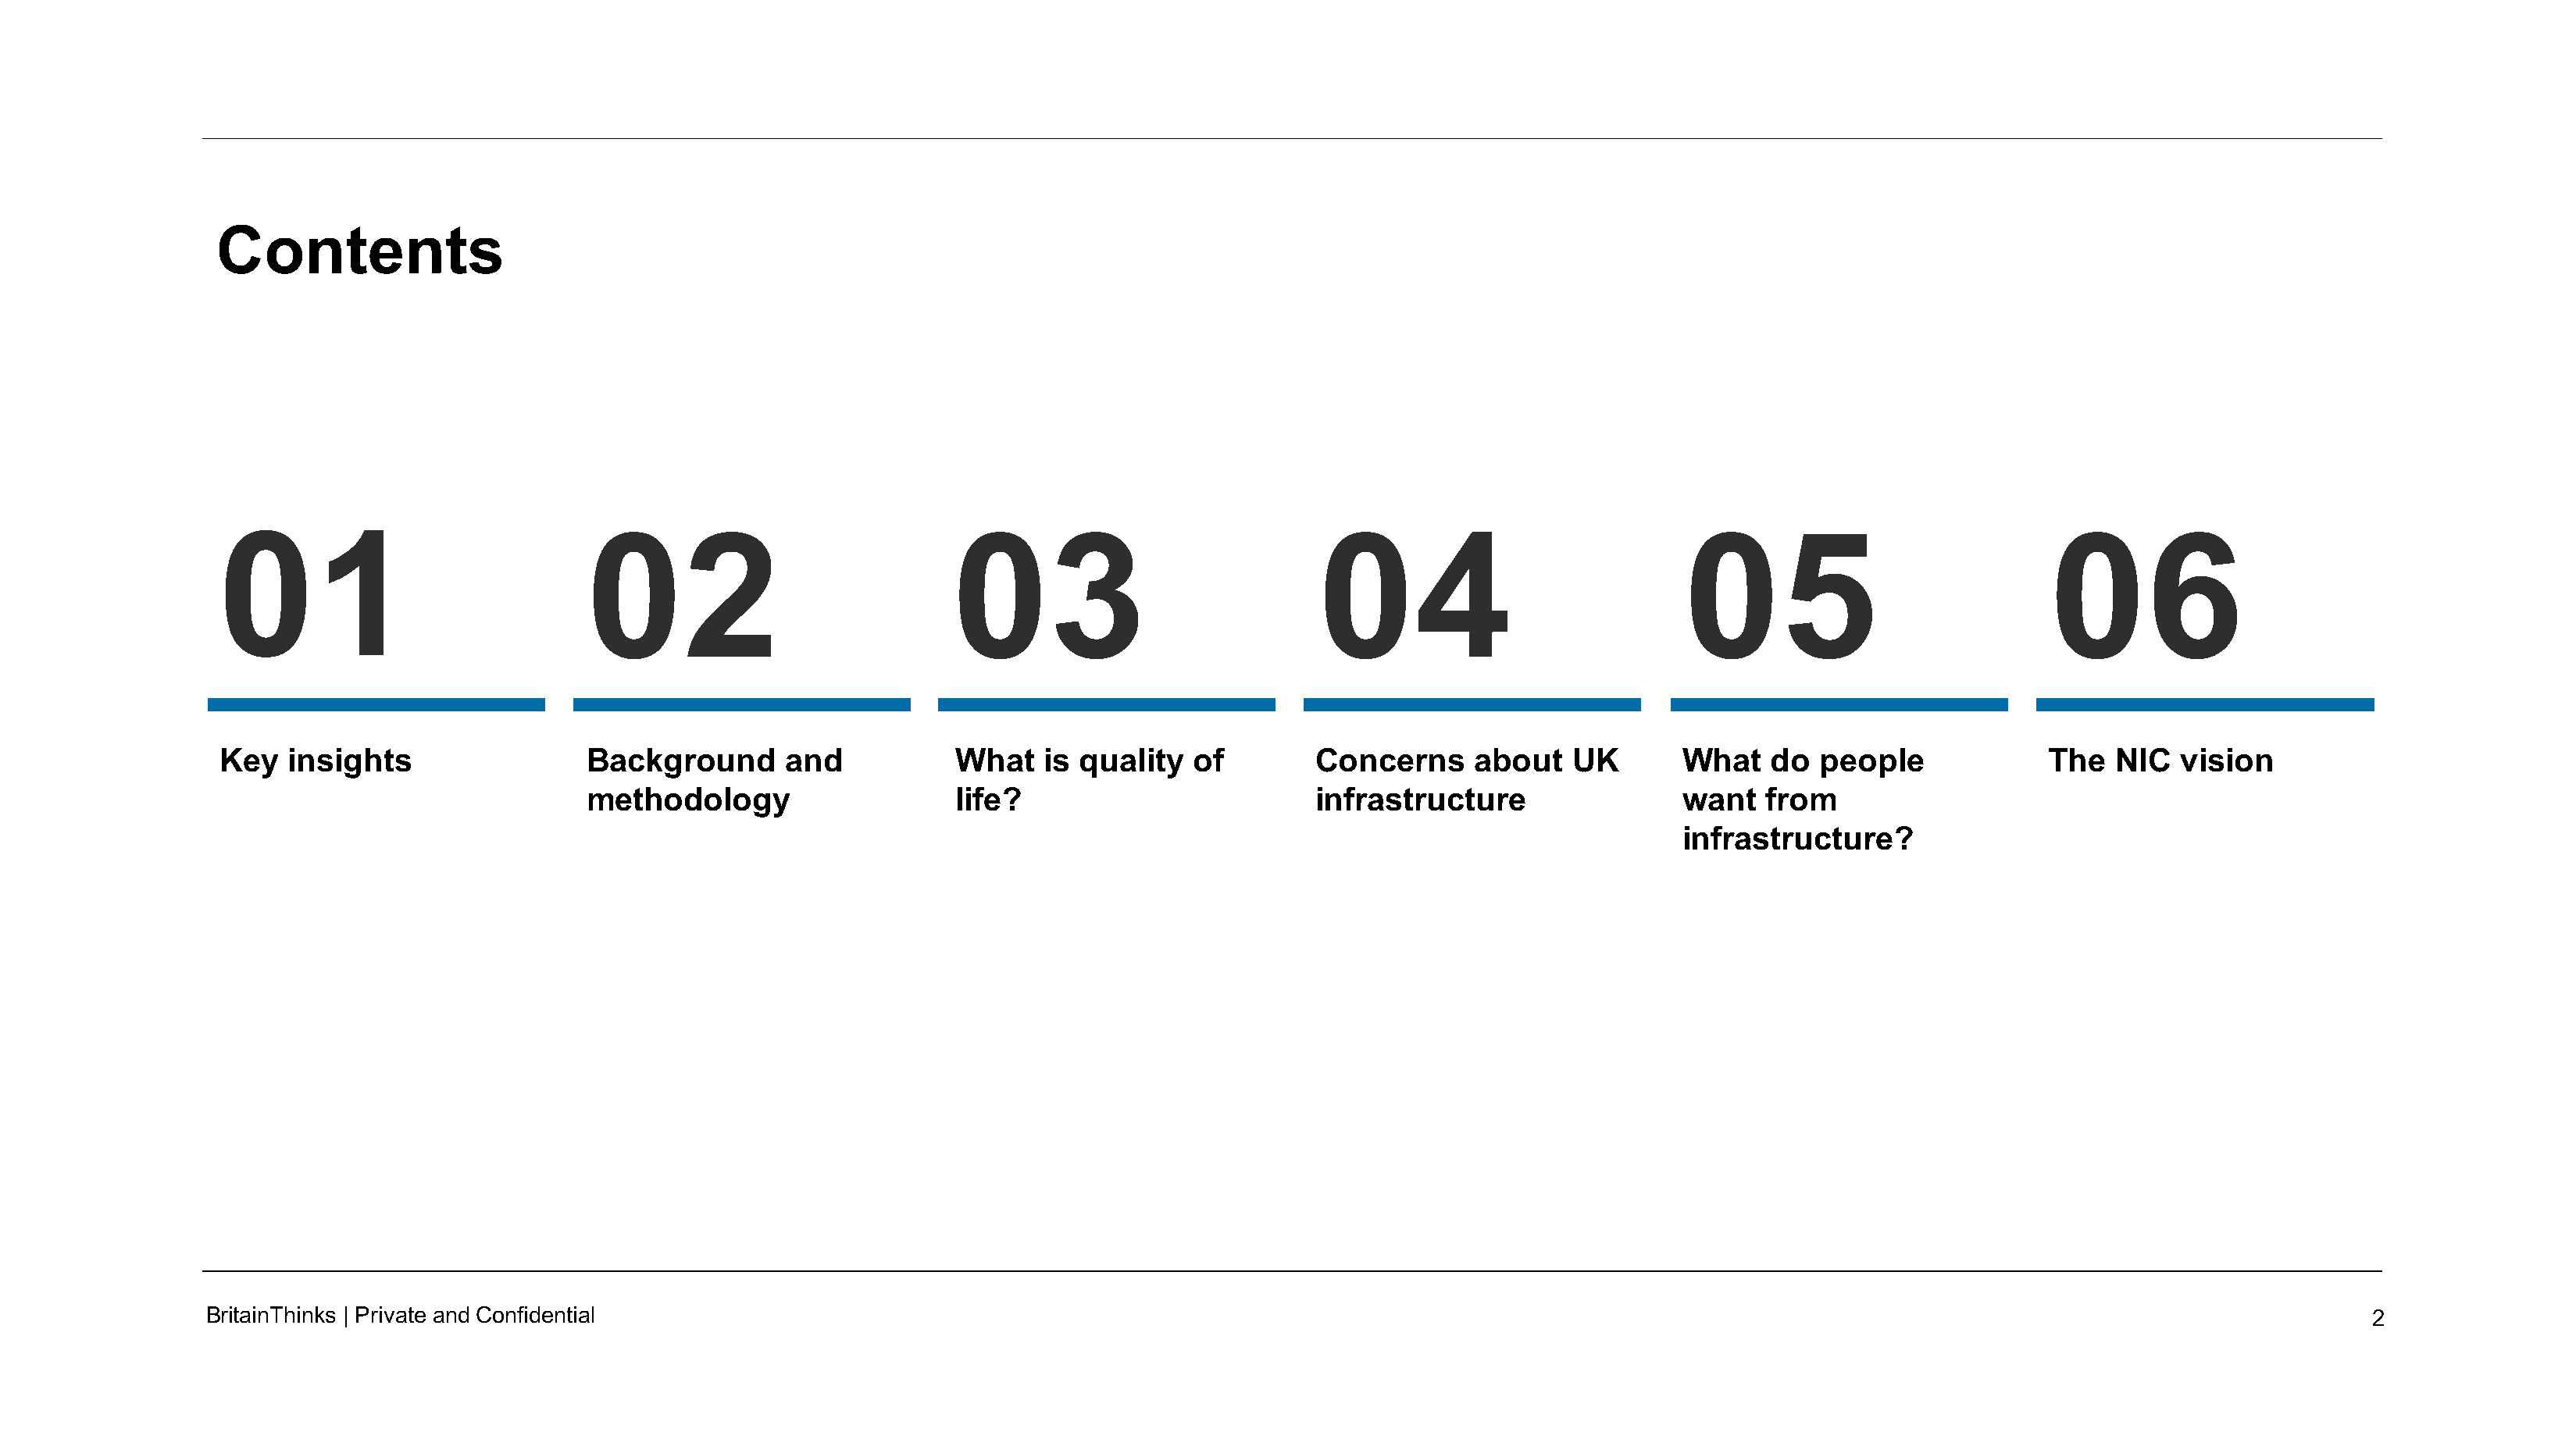
Contents
 01                              02                             03                             04                             05                             06
 Key  insights                  Background       and           What   is  quality  of        Concerns      about   UK        What   do  people              The  NIC   vision
 methodology                    life?                         infrastructure                  want   from
 infrastructure?
 BritainThinks | Private andConfidential                                                                                                                                                 2